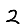
Digit: 2